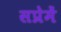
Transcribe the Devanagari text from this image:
सप्रेमें